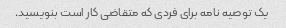
یک توصیه نامه برای فردی که متقاضی کار است بنویسید.